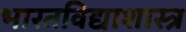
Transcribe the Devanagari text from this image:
भारतविद्याशास्त्र